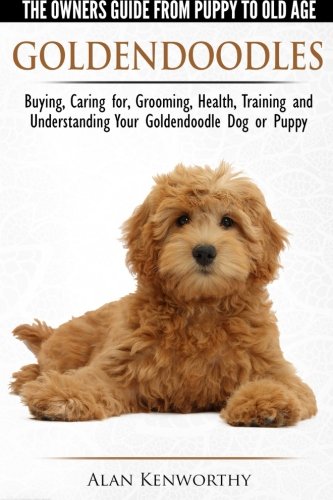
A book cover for Goldendoodles - The Owners Guide from Puppy to Old Age - Choosing, Caring for, Grooming, Health, Training and Understanding Your Goldendoodle Dog; Alan Kenworthy; Crafts, Hobbies & Home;